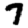
Digit: 7